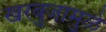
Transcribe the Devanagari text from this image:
खरबुजामुळे